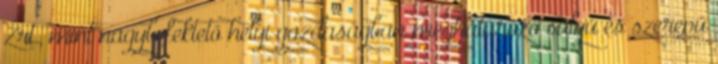
Zrt., mint nagybefektető helyi gazdaságban meghatározó súlyú és szerepű